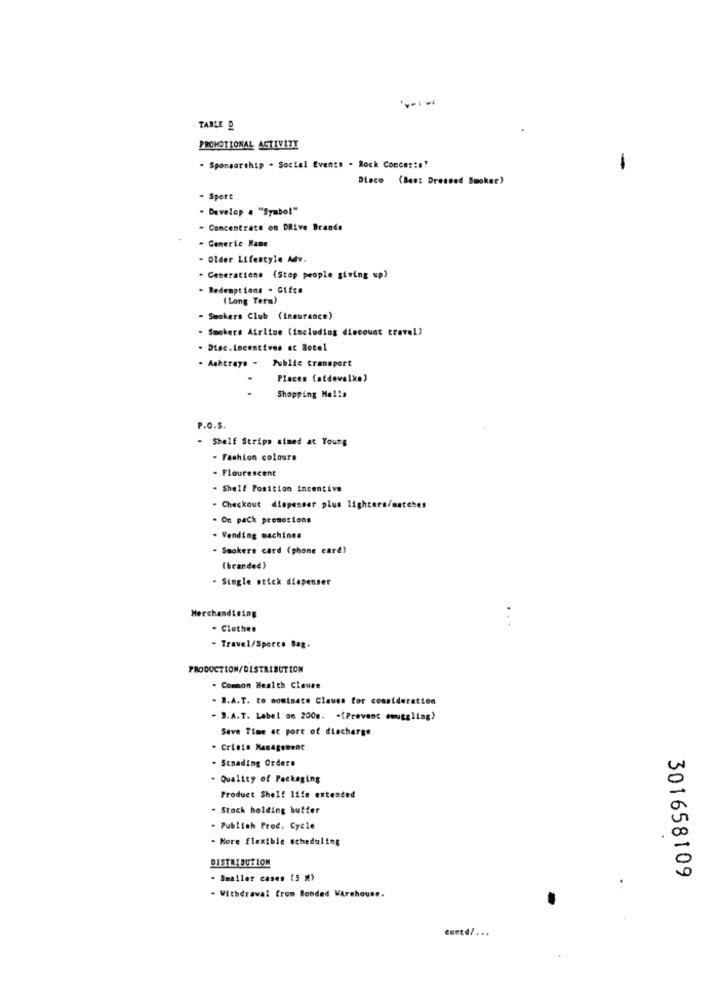
TABLE D
PROMOTIONAL ACTIVITY
. Sponsorship . Social Events . Rock Concer :!!
Bloco (Bas: Dressed Smoker)
- Sport
. Develop a "Symbol"
- Concentrate on DRive Brands
- Generic Name
- Older Lifestyle Adv.
- Generations (Stop people giving up)
- Redemptions . Cifc.
(Long Term)
- Smokers Club (insurance)
Smokers Atritoe (tocluding discount travel)
- Disc.Incentives at Botel
- Ashtrays - Public transport
Places (atdevalke)
Shopping Malls
P.O.S.
- Shelf Strips aimed at Young
- Fashion coloure
. Flourescent
. Shelf Position incentive
. Checkout dispenser plus lighters/matches
. On pack promocions
. Vending machines
- Smokers card (phone card)
(branded)
. Single stick dispenser
Merchandising
. Clothes
...
- Travel/Sports Bag.
PRODUCTION/DISTRIBUTION
- Common Wealth Clause
. B.A.T. to nominate Clause for consideration
- B.A.7. Label on 200g. - (Prevent emuggling)
Save Time at port of discharge
. Cristo Management
. Senading Orders
- Quality of Packaging
Product Shelf life extended
Stack holding buffer
- Publish Prod. Cycle
- More flexible scheduling
DISTRIBUTION
301658109
- Smaller cases (5 M)
- Withdrawal from Bonded Warehouse.
contd/ ...